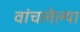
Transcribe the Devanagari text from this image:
वांचलेल्या